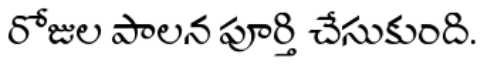
రోజుల పాలన పూర్తి చేసుకుంది.